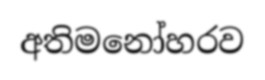
අතිමනෝහරව